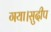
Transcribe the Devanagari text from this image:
गया।सुदीप